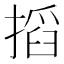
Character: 搯